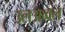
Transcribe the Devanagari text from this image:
उलअव्वल